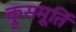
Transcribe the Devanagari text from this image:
क्रूसमूर्ति